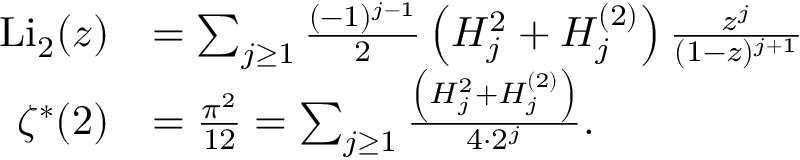
{ \begin{array} { r l } { { \mathrm { L i } } _ { 2 } ( z ) } & { = \sum _ { j \geq 1 } { \frac { ( - 1 ) ^ { j - 1 } } { 2 } } \left( H _ { j } ^ { 2 } + H _ { j } ^ { ( 2 ) } \right) { \frac { z ^ { j } } { ( 1 - z ) ^ { j + 1 } } } } \\ { \zeta ^ { \ast } ( 2 ) } & { = { \frac { \pi ^ { 2 } } { 1 2 } } = \sum _ { j \geq 1 } { \frac { \left( H _ { j } ^ { 2 } + H _ { j } ^ { ( 2 ) } \right) } { 4 \cdot 2 ^ { j } } } . } \end{array} }